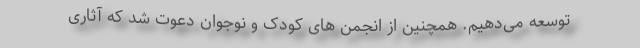
توسعه می‌دهیم. همچنین از انجمن های کودک و نوجوان دعوت شد که آثاری